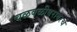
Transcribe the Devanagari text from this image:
चळवळीबरोबरच